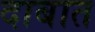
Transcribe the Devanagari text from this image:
दाबात